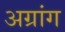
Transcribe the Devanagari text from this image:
अग्रांग